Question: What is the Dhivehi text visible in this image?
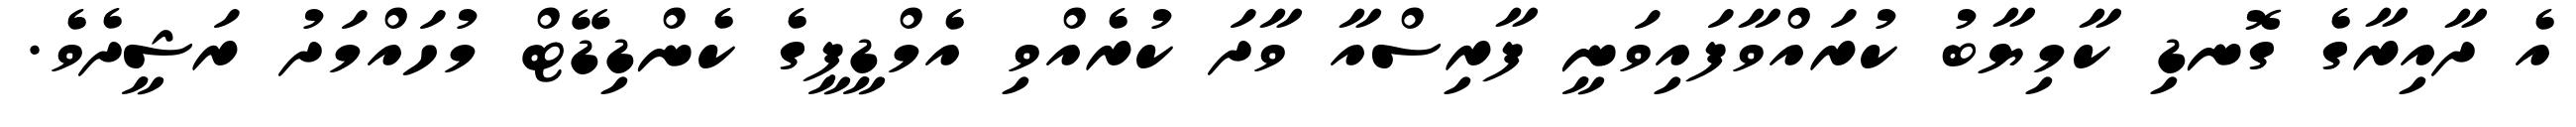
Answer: އެ ދާއިރާގެ ގޮނޑި ކާމިޔާބު ކުރައްވާފައިވަނީ ފާރިސްއާ ވާދަ ކުރެއްވި އެމްޑީޕީގެ ކެންޑިޑޭޓް މުހައްމަދު ރަޝީދެވެ.